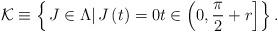
LaTeX: \begin{align*}\mathcal{K}\equiv\left\{ \left. J\in\Lambda\right\vert \text{}J\left( t\right) =0t\in\left( 0,\frac{\pi}{2}+r\right]\right\} .\end{align*}